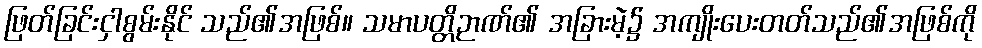
ဖြတ်ခြင်းငှါစွမ်းနိုင် သည်၏အဖြစ်။ သမာပတ္တိဉာဏ်၏ အခြားမဲ့၌ အကျိုးပေးတတ်သည်၏အဖြစ်ကို